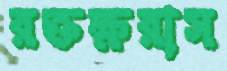
রক্তক্ষরাস